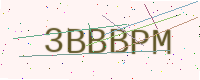
Text: 3BBBPM